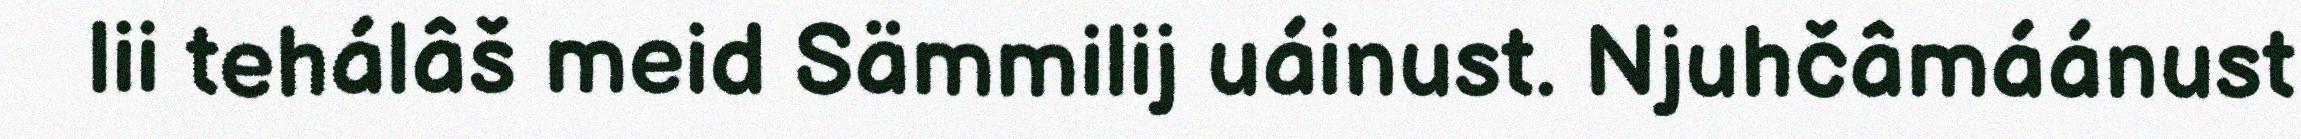
lii tehálâš meid Sämmilij uáinust. Njuhčâmáánust